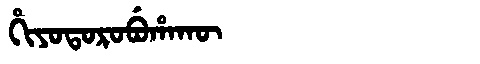
Manchu: ᡥᡳᠶᠣᡨᠣᡵᠣᠪᡠᡥᠠᡴᡡ
Romanization: HIYOTOROBUHAKŪ